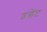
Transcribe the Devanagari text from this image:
इंडेंट